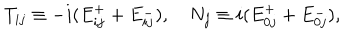
T _ { i j } \equiv - i ( E _ { i j } ^ { + } + E _ { i j } ^ { - } ) , \quad N _ { j } \equiv i ( E _ { 0 j } ^ { + } + E _ { 0 j } ^ { - } ) ,